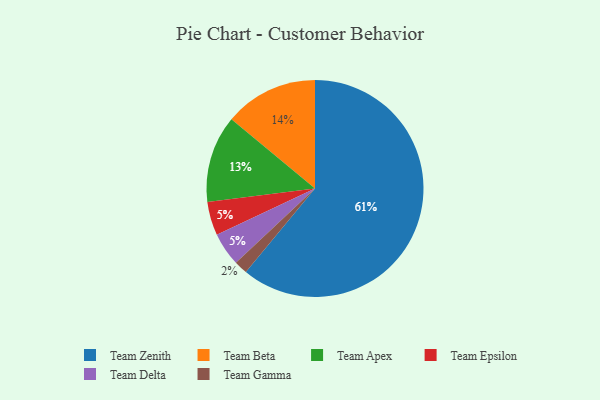
{"axis": {"x": "Category", "y": "Percentage"}, "legend": ["Team Apex", "Team Beta", "Team Delta", "Team Epsilon", "Team Gamma", "Team Zenith"], "data": [{"x": "Team Zenith", "y": 61, "type": "Team Zenith"}, {"x": "Team Gamma", "y": 2, "type": "Team Gamma"}, {"x": "Team Beta", "y": 14, "type": "Team Beta"}, {"x": "Team Epsilon", "y": 5, "type": "Team Epsilon"}, {"x": "Team Delta", "y": 5, "type": "Team Delta"}, {"x": "Team Apex", "y": 13, "type": "Team Apex"}]}